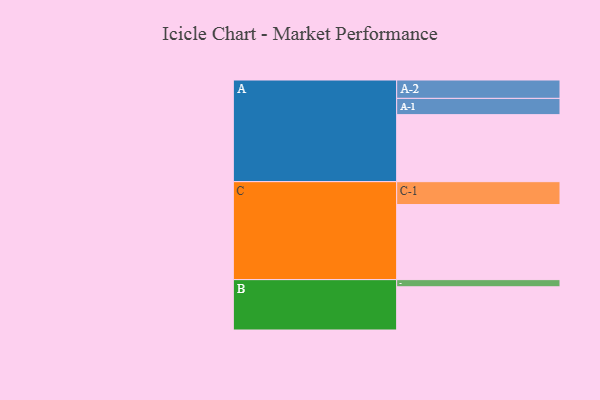
{"axis": {"x": "Segment", "y": "Value"}, "legend": ["", "A", "B", "C"], "data": [{"x": "A", "y": 507, "type": ""}, {"x": "B", "y": 327, "type": ""}, {"x": "C", "y": 568, "type": ""}, {"x": "A-1", "y": 123, "type": "A"}, {"x": "A-2", "y": 139, "type": "A"}, {"x": "B-1", "y": 54, "type": "B"}, {"x": "C-1", "y": 173, "type": "C"}]}